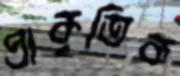
প্রাকৃতিক